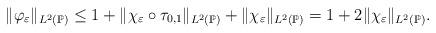
LaTeX: \begin{align*}\Vert \varphi _{\varepsilon }\Vert _{L^{2}(\mathbb{P})} \leq1+\Vert \chi _{\varepsilon }\circ \tau _{0,1}\Vert _{L^{2}(\mathbb{P})}+\Vert \chi _{\varepsilon }\Vert _{L^{2}(\mathbb{P})}= 1+2\Vert \chi _{\varepsilon }\Vert _{L^{2}(\mathbb{P})}.\end{align*}